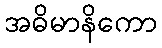
အဓိမာနိကော